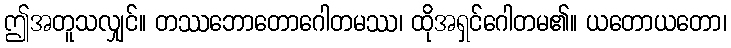
ဤအတူသလျှင်။ တဿဘောတောဂေါတမဿ၊ ထိုအရှင်ဂေါတမ၏။ ယတောယတော၊